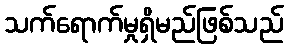
သက်ရောက်မှုရှိမည်ဖြစ်သည်